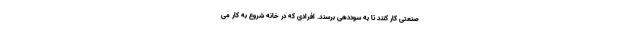
صنعتی کار کنند تا به سوددهی برسند. افرادی که در خانه شروع به کار می